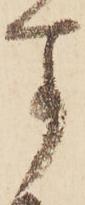
す